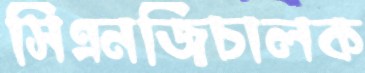
সিএনজিচালক